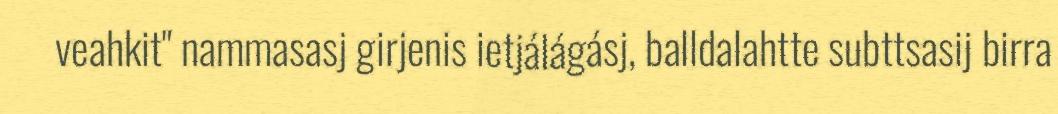
veahkit" nammasasj girjenis ietjálágásj, balldalahtte subttsasij birra